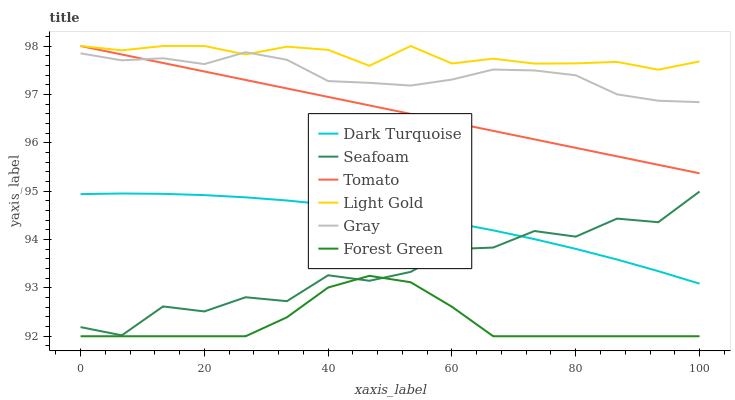
| xaxis_label | Dark Turquoise | Seafoam | Tomato | Light Gold | Gray | Forest Green |
 | --- | --- | --- | --- | --- | --- | --- |
 | 0 | 94.9 | 92.2 | 98 | 98 | 97.8 | 92 |
 | 6.67 | 95 | 92 | 97.8 | 97.9 | 97.7 | 92 |
 | 13.3 | 94.9 | 92.6 | 97.6 | 98 | 97.7 | 92 |
 | 20 | 94.9 | 92.5 | 97.5 | 98 | 97.6 | 92 |
 | 26.7 | 94.9 | 92.8 | 97.3 | 97.8 | 97.9 | 92 |
 | 33.3 | 94.8 | 92.7 | 97.1 | 98 | 97.7 | 92.4 |
 | 40 | 94.7 | 93.3 | 96.9 | 97.9 | 97.3 | 93 |
 | 46.7 | 94.6 | 93.1 | 96.8 | 97.6 | 97.2 | 93.2 |
 | 53.3 | 94.5 | 93.3 | 96.6 | 98 | 97.2 | 93.1 |
 | 60 | 94.4 | 93.8 | 96.4 | 97.6 | 97.3 | 92.6 |
 | 66.7 | 94.2 | 93.8 | 96.2 | 97.7 | 97.5 | 92 |
 | 73.3 | 94 | 94.2 | 96.1 | 97.6 | 97.5 | 92 |
 | 80 | 93.8 | 94.1 | 95.9 | 97.6 | 97.4 | 92 |
 | 86.7 | 93.6 | 94.4 | 95.7 | 97.7 | 97 | 92 |
 | 93.3 | 93.3 | 94.4 | 95.5 | 97.5 | 96.9 | 92 |
 | 100 | 93.1 | 95 | 95.4 | 97.7 | 96.8 | 92 |